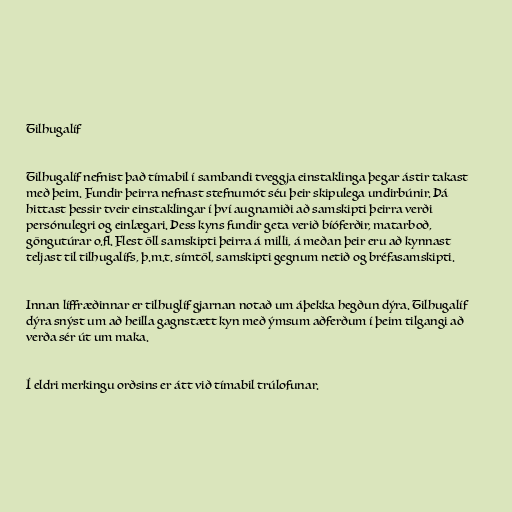
Tilhugalíf

Tilhugalíf nefnist það tímabil í sambandi tveggja einstaklinga þegar ástir takast
með þeim. Fundir þeirra nefnast stefnumót séu þeir skipulega undirbúnir. Þá
hittast þessir tveir einstaklingar í því augnamiði að samskipti þeirra verði
persónulegri og einlægari. Þess kyns fundir geta verið bíóferðir, matarboð,
göngutúrar o.fl. Flest öll samskipti þeirra á milli, á meðan þeir eru að kynnast
teljast til tilhugalífs, þ.m.t. símtöl, samskipti gegnum netið og bréfasamskipti.

Innan líffræðinnar er tilhuglíf gjarnan notað um áþekka hegðun dýra. Tilhugalíf
dýra snýst um að heilla gagnstætt kyn með ýmsum aðferðum í þeim tilgangi að
verða sér út um maka.

Í eldri merkingu orðsins er átt við tímabil trúlofunar.